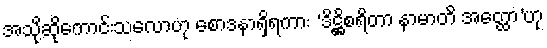
အသို့ဆိုကောင်းသလောဟု စောဒနာရှိရကား ‘ဒိဋ္ဌိစရိတာ နာမာတိ အတ္ထော’ဟု